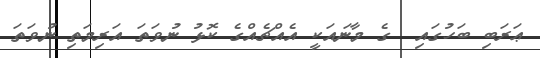
ޢަރަބި ބަހުގައި  ގެ މާނައަކީ އެއްޗެއްގެ ކޮޅު ނުވަތަ އަރިމަތި ނުވަތަ